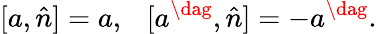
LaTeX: [a,\hat{n}]=a,~~~[a^{\dag},\hat{n}]=-a^{\dag}.